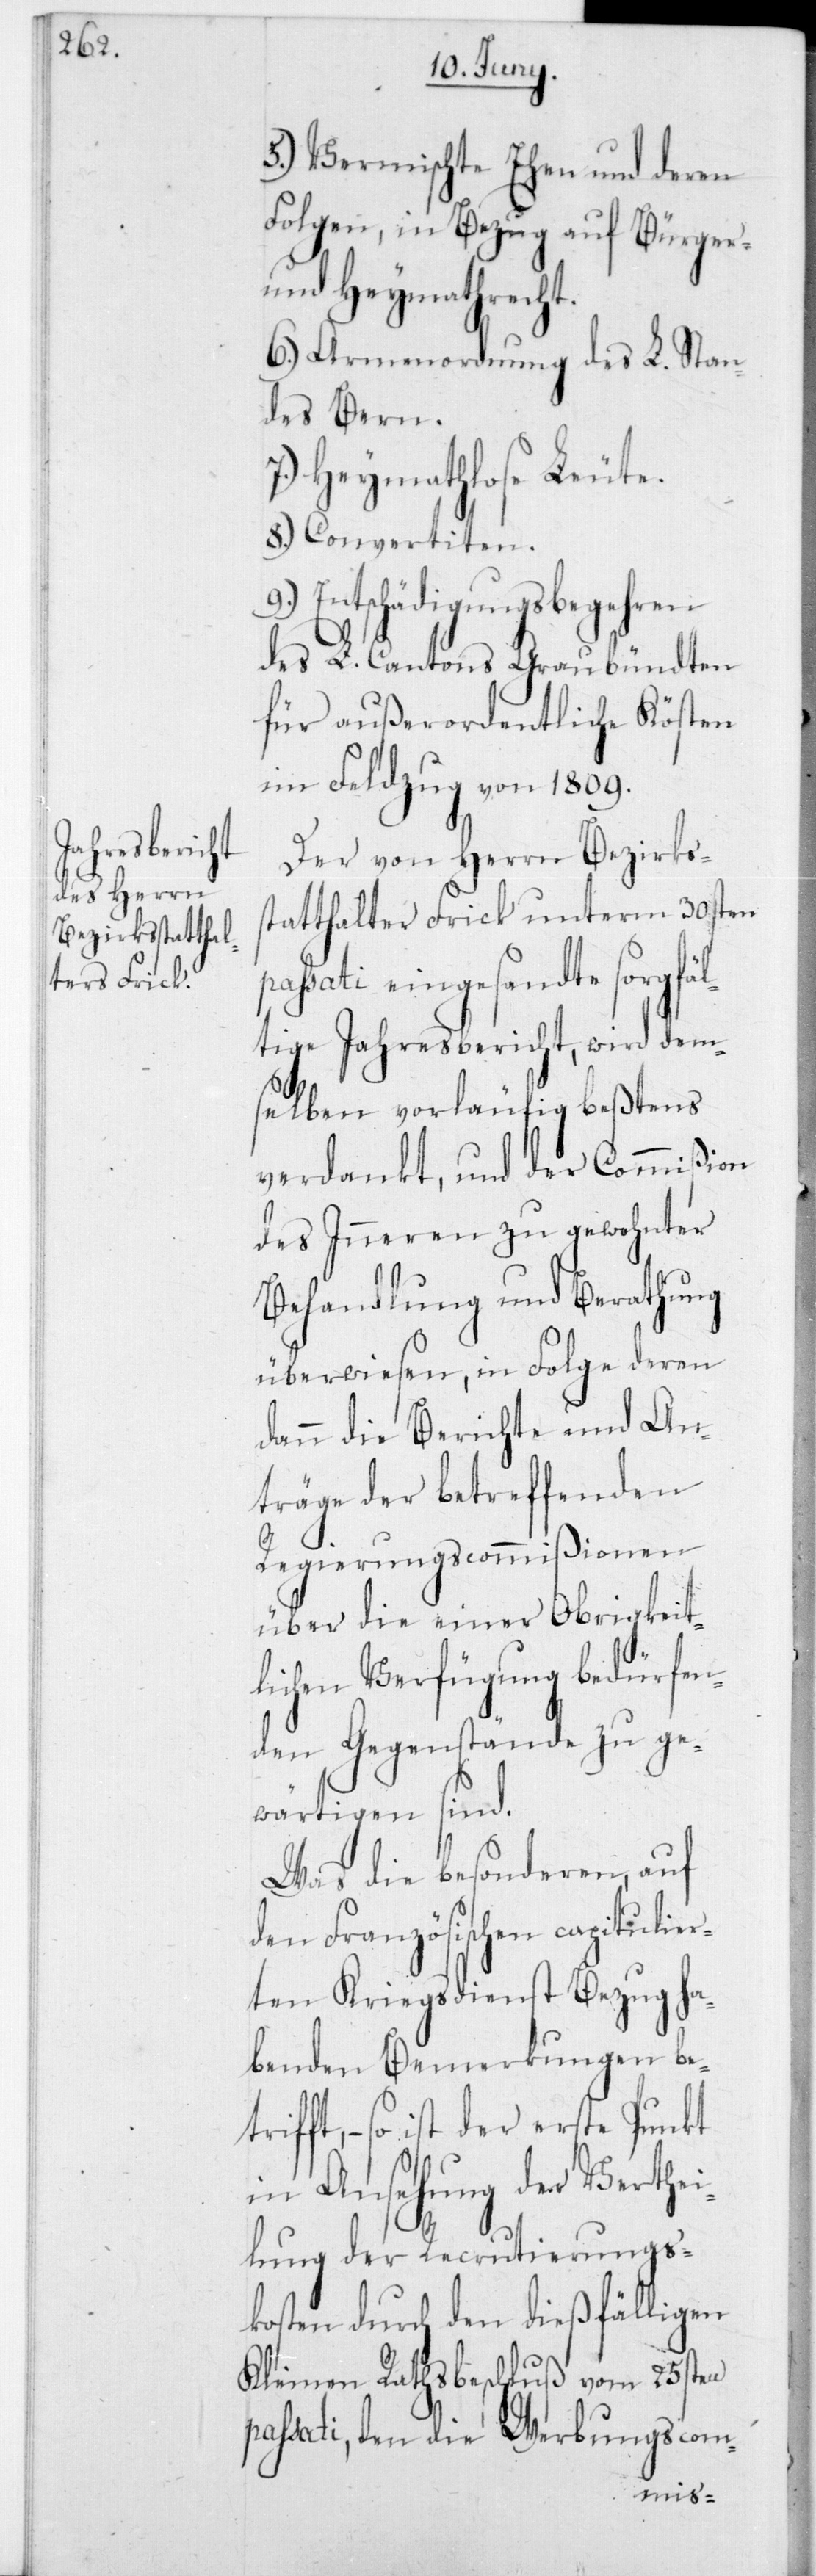
5.) Vermischte Ehen und deren
Folgen, in Bezug auf Bürger-
und Heymathrecht.
6.) Armenordnung des L. Stan¬
des Bern.
7.) Heymathlose Leute.
8.) Convertiten.
Entschädigungsbegehren
des L. Cantons Graubündten
für außerordentliche Kösten
im Feldzug von 1809.
Der von Herrn Bezirks¬
statthalter Frick unterm 30sten
sati eingesandte sorgfäl¬
tige Jahresbericht, wird dem¬
selben vorläufig beßtens
verdankt, und der Commißion
des Inneren zu gewohnter
Behandlung und Berathung
überwiesen, in Folge deren
dann die Berichte und An¬
träge der betreffenden
Regierungscommißionen
über die einer Obrigkeit¬
lichen Verfügung bedürfen¬
den Gegenstände zu ge¬
wärtigen sind.
Was die besonderen, auf
den Französischen capitulier¬
ten Kriegsdienst Bezug ha¬
benden Bemerkungen bet¬
rifft, – so ist der erste Punkt
in Ansehung der Verthei¬
lung der Recrutierungs¬
kosten durch den dießfälligen
Kleinen Rathsbeschluß vom 25sten
passati, den die Werbungscom-
pas¬